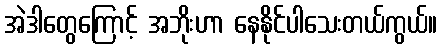
အဲဒါတွေကြောင့် အဘိုးဟာ နေနိုင်ပါသေးတယ်ကွယ်။